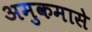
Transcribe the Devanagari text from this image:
अमुकमासे